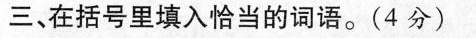
三、在括号里填入恰当的词语。(4分)